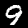
Label: 9